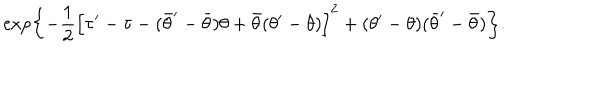
\exp \left\{ - \frac { 1 } { 2 } \Bigl [ \tau ^ { \prime } - \tau - ( \bar { \theta } ^ { \prime } - \bar { \theta } ) \theta + \bar { \theta } ( \theta ^ { \prime } - \theta ) \Bigr ] ^ { 2 } + ( \theta ^ { \prime } - \theta ) ( \bar { \theta } ^ { \prime } - \bar { \theta } ) \right\} .